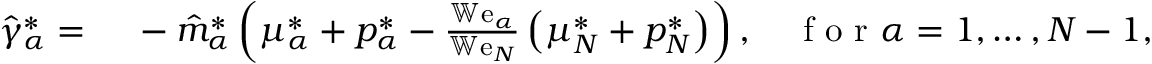
\begin{array} { r l } { \hat { \gamma } _ { \alpha } ^ { * } = } & { { } ~ - \hat { m } _ { \alpha } ^ { * } \left( \mu _ { \alpha } ^ { * } + p _ { \alpha } ^ { * } - \frac { \mathbb { W } \mathrm { e } _ { \alpha } } { \mathbb { W } \mathrm { e } _ { N } } \left( \mu _ { N } ^ { * } + p _ { N } ^ { * } \right) \right) , \quad \mathrm { ~ f ~ o ~ r ~ } \alpha = 1 , \dots , N - 1 , } \end{array}